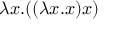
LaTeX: \lambda x . ( ( \lambda x . x ) x )